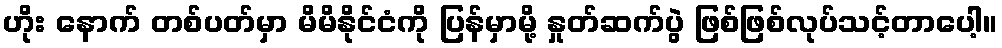
ဟိုး နောက် တစ်ပတ်မှာ မိမိနိုင်ငံကို ပြန်မှာမို့ နှုတ်ဆက်ပွဲ ဖြစ်ဖြစ်လုပ်သင့်တာပေါ့။